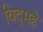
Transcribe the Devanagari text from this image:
विद्‌महे